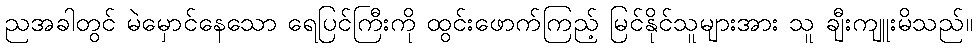
ညအခါတွင် မဲမှောင်နေသော ရေပြင်ကြီးကို ထွင်းဖောက်ကြည့် မြင်နိုင်သူများအား သူ ချီးကျူးမိသည်။